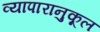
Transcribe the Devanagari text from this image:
व्यापारानुकूल